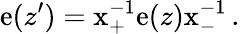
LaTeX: \mathrm{e}(z^{\prime})=\mathrm{x}_{+}^{-1}\mathrm{e}(z)\mathrm{x}_{-}^{-1}\, .